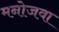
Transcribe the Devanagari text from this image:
मनोजवा